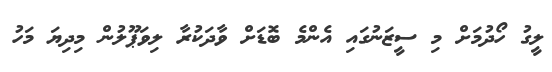
ލީގު ހޯދުމަށް މި ސީޒަނުގައި އެންމެ ބޮޑަށް ވާދަކުރާ ލިވަޕޫލުން މިދިޔަ މަހު